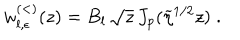
w _ { l , \epsilon } ^ { ( < ) } ( z ) = B _ { l } \, \sqrt { z } \, J _ { p } ( \widetilde { \eta } ^ { 1 / 2 } z ) \; .